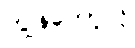
ကျွန်တော့်လို